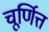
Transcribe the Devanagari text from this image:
चूर्णित्त